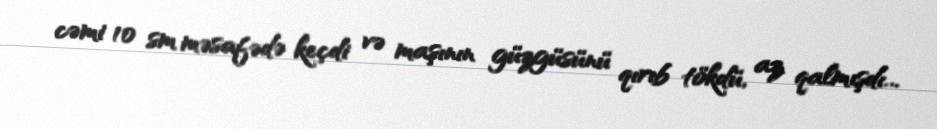
cəmi 10 sm məsafədə keçdi və maşının güzgüsünü qırıb tökdü, az qalmışdı...